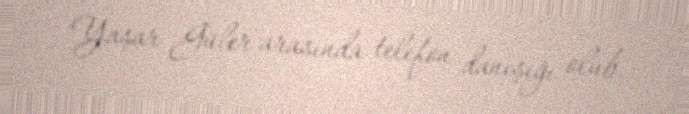
Yaşar Güler arasında telefon danışığı olub.